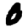
Digit: 0